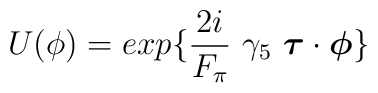
U(\phi)= exp\{\frac{2i}{F_\pi}~\gamma_5~\mbox{\boldmath$\tau$} \cdot \mbox{\boldmath$\phi$} \}